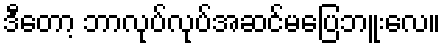
ဒီတော့ ဘာလုပ်လုပ်အဆင်မပြေဘူးလေ။